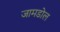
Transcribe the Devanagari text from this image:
जामडोल